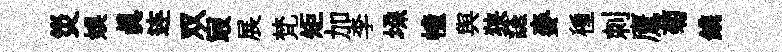
災娱真连双㝡展梵矩加李垜幢舆狭讌麥種刺鷹菊鎸